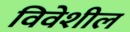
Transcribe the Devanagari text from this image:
विवेशील